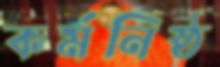
কর্মনিষ্ঠ